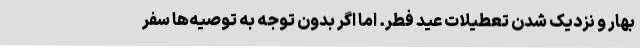
بهار و نزدیک شدن تعطیلات عید فطر. اما اگر بدون توجه به توصیه‌ها سفر